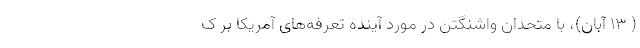
( ۱۳ آبان)، با متحدان واشنگتن در مورد آینده تعرفه‌های آمریکا بر ک